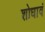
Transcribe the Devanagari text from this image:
शोधावं